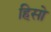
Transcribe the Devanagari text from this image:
हिसो